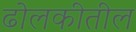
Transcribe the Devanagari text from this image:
ढोलकीतील